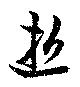
逝